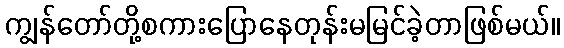
ကျွန်တော်တို့စကားပြောနေတုန်းမမြင်ခဲ့တာဖြစ်မယ်။